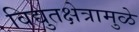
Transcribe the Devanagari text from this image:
विद्युतक्षेत्रामुळे